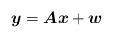
\begin{align*}\boldsymbol{y}=\boldsymbol{Ax}+\boldsymbol{w} \end{align*}